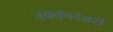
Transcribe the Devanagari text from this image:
नवकादंबरी